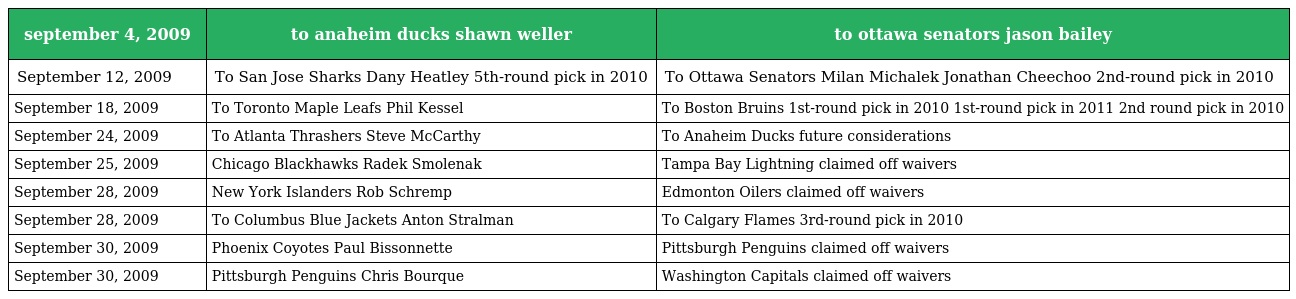
| september 4, 2009 | to anaheim ducks shawn weller | to ottawa senators jason bailey |
 | --- | --- | --- |
 | September 12, 2009 | To San Jose Sharks Dany Heatley 5th-round pick in 2010 | To Ottawa Senators Milan Michalek Jonathan Cheechoo 2nd-round pick in 2010 |
 | September 18, 2009 | To Toronto Maple Leafs Phil Kessel | To Boston Bruins 1st-round pick in 2010 1st-round pick in 2011 2nd round pick in 2010 |
 | September 24, 2009 | To Atlanta Thrashers Steve McCarthy | To Anaheim Ducks future considerations |
 | September 25, 2009 | Chicago Blackhawks Radek Smolenak | Tampa Bay Lightning claimed off waivers |
 | September 28, 2009 | New York Islanders Rob Schremp | Edmonton Oilers claimed off waivers |
 | September 28, 2009 | To Columbus Blue Jackets Anton Stralman | To Calgary Flames 3rd-round pick in 2010 |
 | September 30, 2009 | Phoenix Coyotes Paul Bissonnette | Pittsburgh Penguins claimed off waivers |
 | September 30, 2009 | Pittsburgh Penguins Chris Bourque | Washington Capitals claimed off waivers |